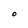
Character: O